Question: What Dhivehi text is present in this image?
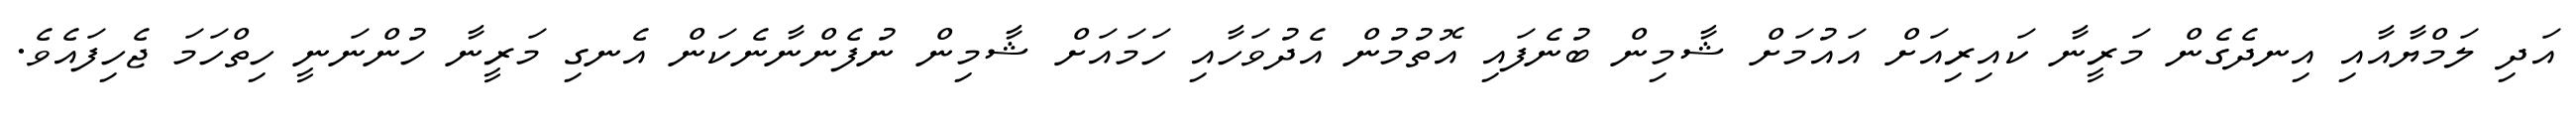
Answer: އަދި ލަމްޔާއާއި އިނދެގެން މަރީނާ ކައިރިއަށް އައުމަށް ޝާމިން ބުނެފައި އޮތުމުން އެދުވަހާއި ހަމައަށް ޝާމިން ނުފެންނާނެކަން އެނގި މަރީނާ ހުންނަނީ ހިތްހަމަ ޖެހިފައެވެ.